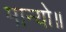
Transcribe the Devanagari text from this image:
मान्यो॥